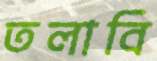
তলাবি